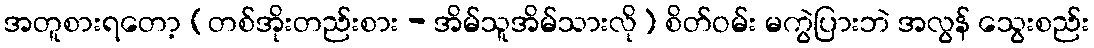
အတူစားရတော့ (တစ်အိုးတည်းစား - အိမ်သူအိမ်သားလို) စိတ်ဝမ်း မကွဲပြားဘဲ အလွန် သွေးစည်း